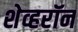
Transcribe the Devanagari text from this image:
शेव्हरॉन